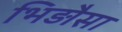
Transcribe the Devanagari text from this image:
भिड़ौसा